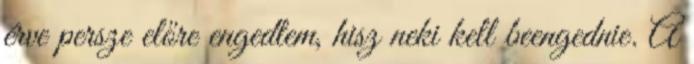
érve persze előre engedtem, hisz neki kell beengednie. A